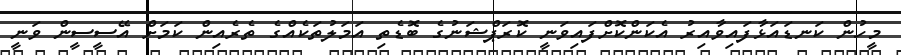
މީހުން ކަނޑައަޅާފައިވާއިރު އެކަންކޮށްފައިވަނީ ކޮރަޕްޝަނުގެ ބޮޑެތި އަމަލުތަކެއްގެ ތެރެއިން ކަމަށް އޭސީސީން ވަނީ